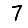
Digit: 7